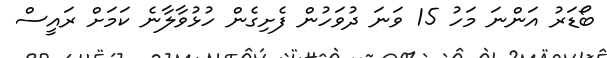
ބޯޑަރު އަންނަ މަހު 15 ވަނަ ދުވަހުން ފެށިގެން ހުޅުވާލާނެ ކަމަށް ރައީސް